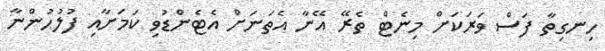
ހިނގިތާ ފަސް ވަރަކަށް މިނެޓް ތެރޭ އޭނާ އެތަނަށް އެޓެންޑުވި ކަމަށާއި ފުލުހުންނާ